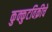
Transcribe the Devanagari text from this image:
कुक्कुटविक्रीचे